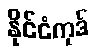
နိုင်ငံကုဒ်